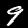
Label: 9